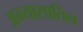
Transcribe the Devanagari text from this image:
अभ्यासातिल